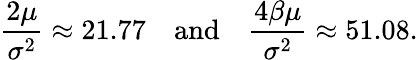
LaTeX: \frac{2\mu}{\sigma^{2}}\approx 21.77\quad\mathrm{and}\quad\frac{4\beta\mu}{\sigma^{2}}\approx 51.08.